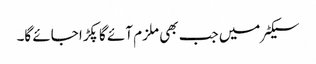
سیکٹر میں جب بھی ملزم آئے گا پکڑا جائے گا۔